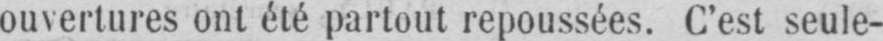
ouvertures ont été partout repoussées. C’est seule-